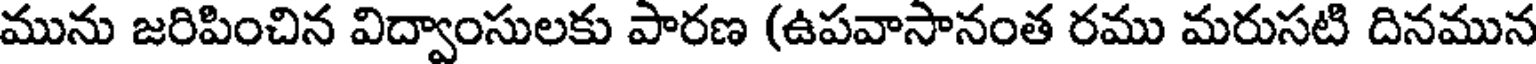
మును జరిపించిన విద్వాంసులకు పారణ (ఉపవాసానంత రము మరుసటి దినమున